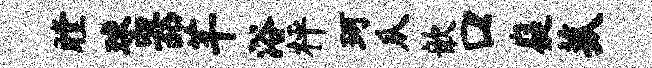
瞠球器芊浴枰珂瓜歆口嶷菰